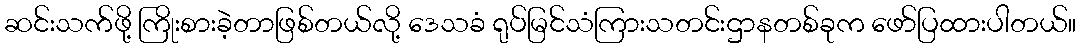
ဆင်းသက်ဖို့ ကြိုးစားခဲ့တာဖြစ်တယ်လို့ ဒေသခံ ရုပ်မြင်သံကြားသတင်းဌာနတစ်ခုက ဖော်ပြထားပါတယ်။